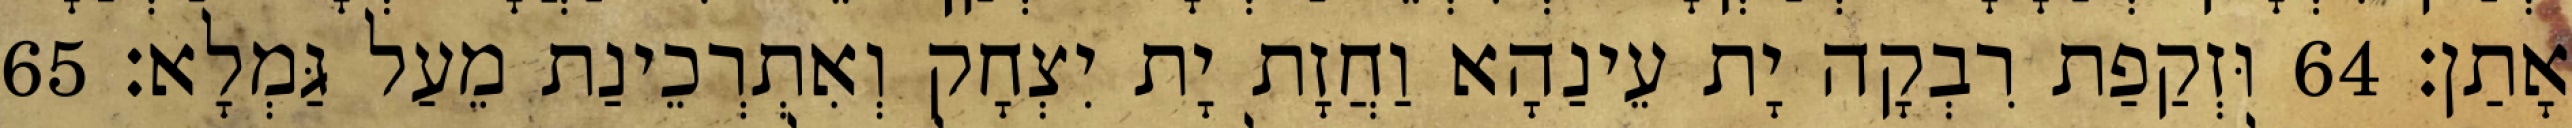
אָתַן׃ 64 וּזְקַפַת רִבְקָה יָת עֵינַהָא וַחֲזָת יָת יִצְחָק וְאִתְרְכֵינַת מֵעַל גַּמְלָא׃ 65